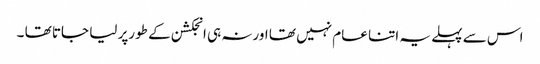
اس سے پہلے یہ اتنا عام نہیں تھا اورنہ ہی انجکشن کے طورپر لیا جاتا تھا ۔